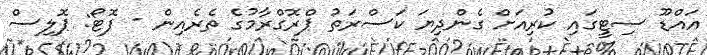
އައްޑޫ ސިޓީގައި ކުރިއަށް ގެންދިޔަ ކަސްރަތު ޕްރޮގްރާމުގެ ތެރެއިން - ފޮޓޯ: ޕޮލިސް